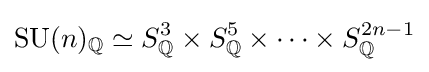
\operatorname {SU} (n)_{\mathbb {Q} }\simeq S_{\mathbb {Q} }^{3}\times S_{\mathbb {Q} }^{5}\times \cdots \times S_{\mathbb {Q} }^{2n-1}